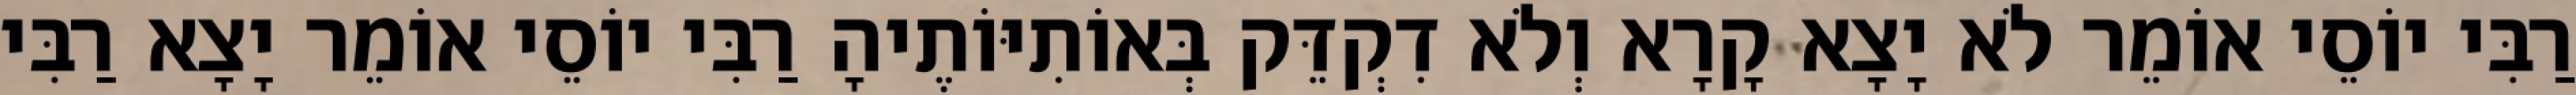
רַבִּי יוֹסֵי אוֹמֵר לֹא יָצָא קָרָא וְלֹא דִקְדֵּק בְּאוֹתִיּוֹתֶיהָ רַבִּי יוֹסֵי אוֹמֵר יָצָא רַבִּי